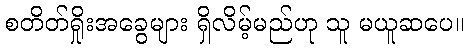
စတိတ်ရှိုးအခွေများ ရှိလိမ့်မည်ဟု သူ မယူဆပေ။